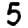
Digit: 5